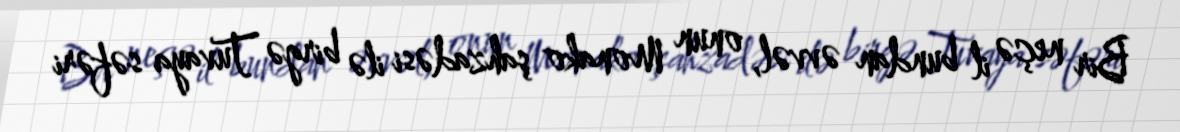
Bir neçə il bundan əvvəl, onun Monako şahzadəsi ilə birgə Tuvaya səfəri